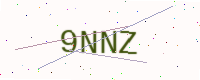
Text: 9NNZ